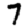
Digit: 7